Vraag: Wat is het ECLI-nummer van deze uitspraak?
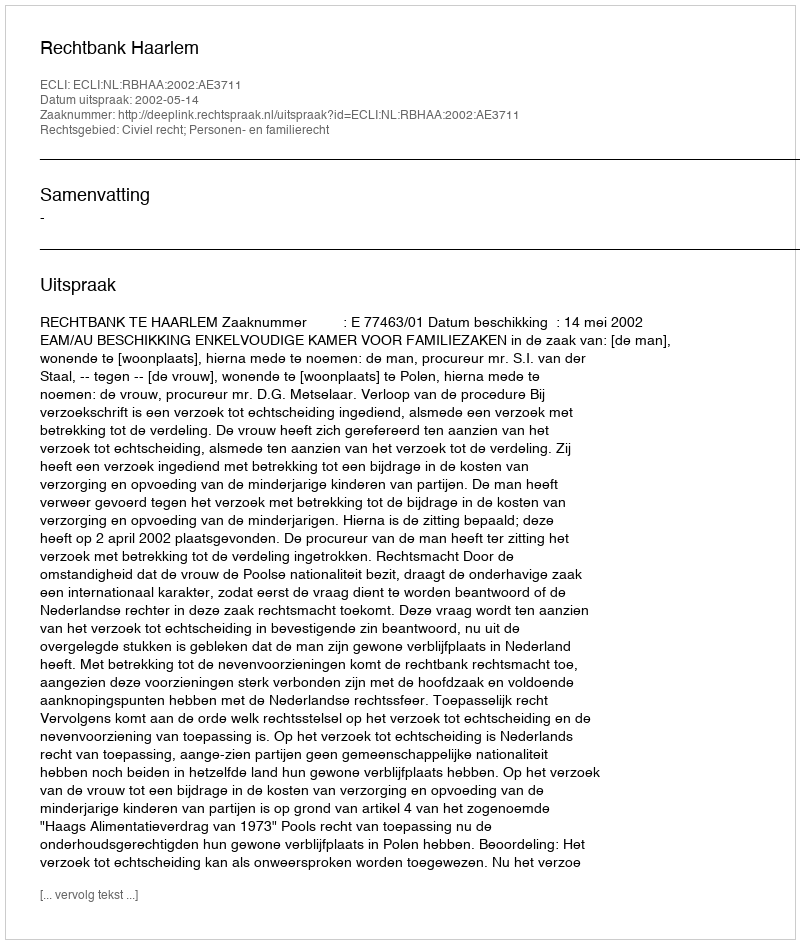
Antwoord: ECLI:NL:RBHAA:2002:AE3711